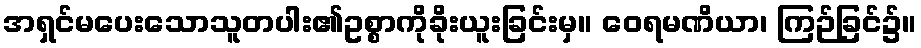
အရှင်မပေးသောသူတပါး၏ဥစ္စာကိုခိုးယူးခြင်းမှ။ ဝေရမဏိယာ၊ ကြဉ်ခြင်၌။